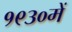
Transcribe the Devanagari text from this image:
१९३०में